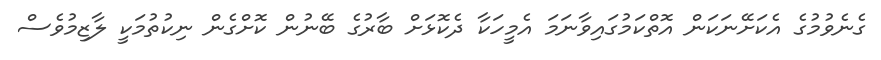
ގެނެވުމުގެ އެކަށޭނަކަން އޮތްކަމުގައިވާނަމަ އެމީހަކާ ދެކޮޅަށް ބާރުގެ ބޭނުން ކޮށްގެން ނިކުތުމަކީ ލާޒިމުވެސް